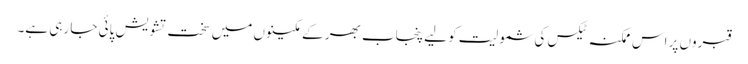
قبروں پر اس ممکنہ ٹیکس کی شمولیت کو لیے پنجاب بھر کے مکینوں میں سخت تشویش پائی جا رہی ہے۔